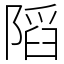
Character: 䧟